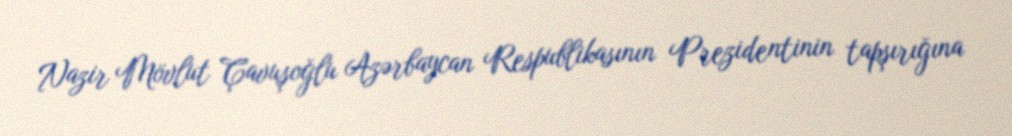
Nazir Mövlut Çavuşoğlu Azərbaycan Respublikasının Prezidentinin tapşırığına